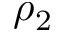
\rho _ { 2 }